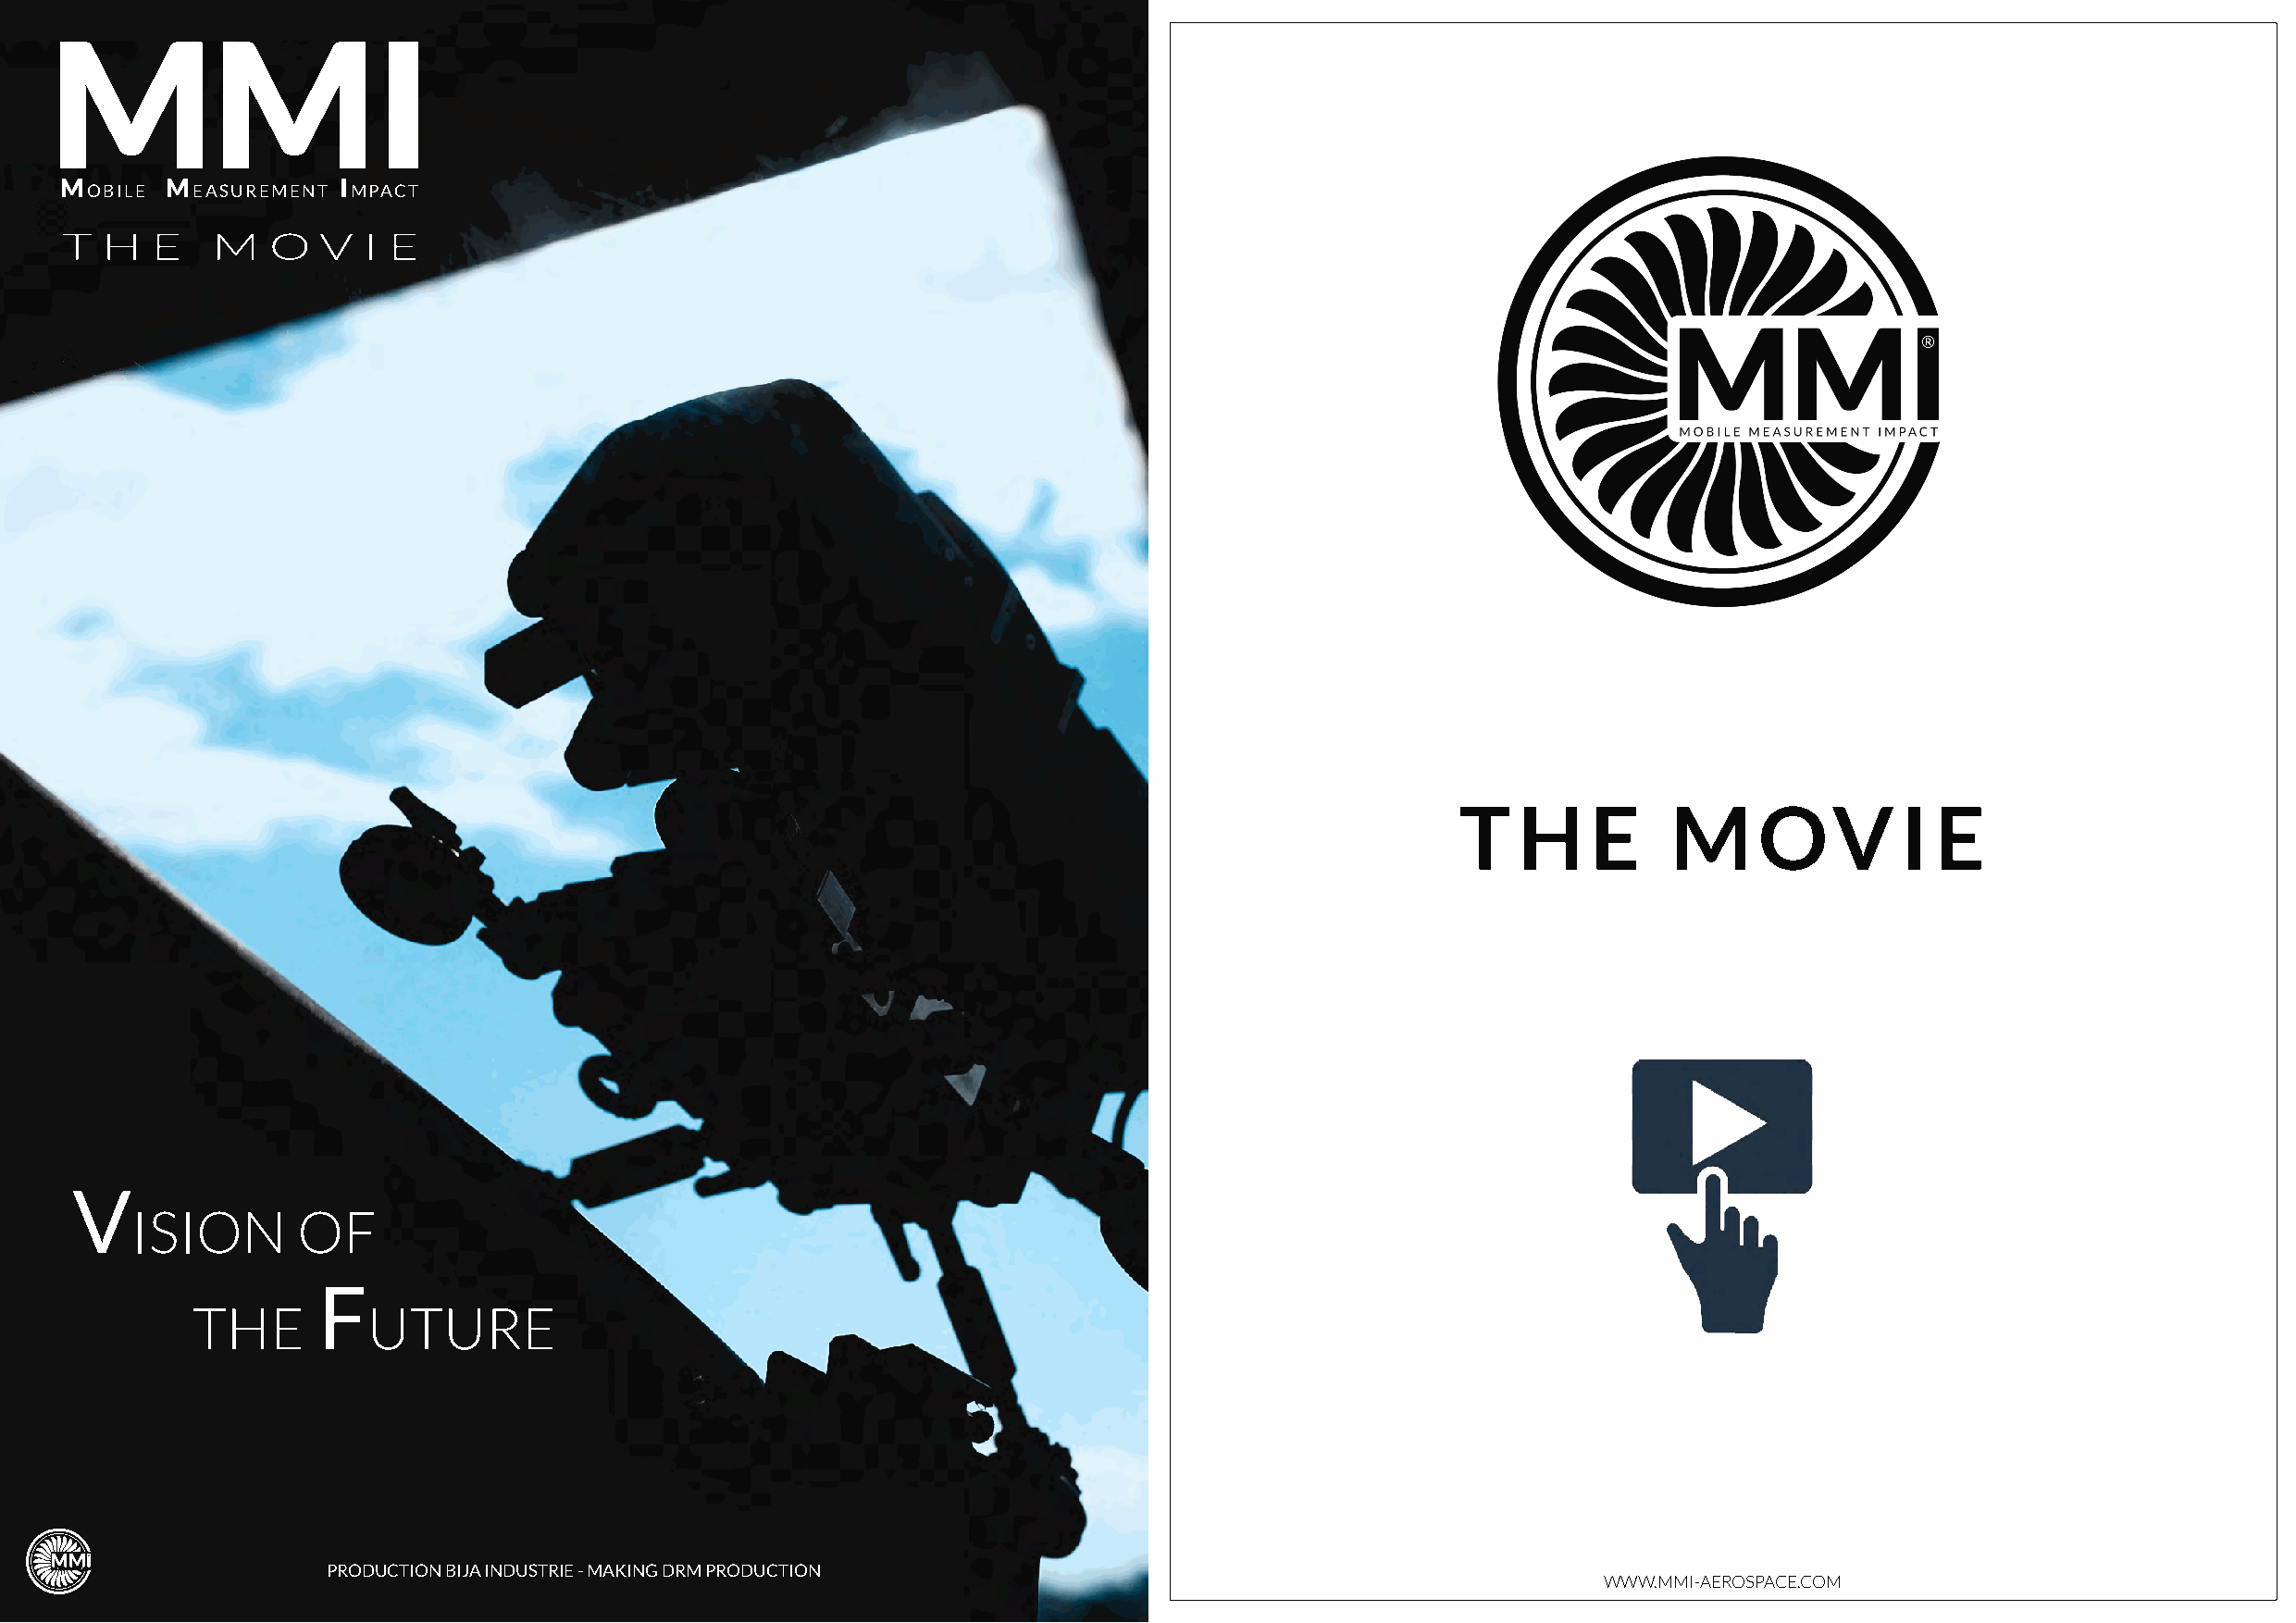
MMI
 M       M           I
 OBILE   EASUREMENT MPACT
 T  H   E   M   O   V  I E
 T    H    E    M      OV        I E
 V
 ISION       OF
 F
 THE         UTURE
 PRODUCTION BIJA INDUSTRIE - MAKING DRM PRODUCTION
 WWWWWW..MMMMII--AAEERROOSSPPAACCEE..CCOOMM                                        WWW.MMI-AEROSPACE.COM